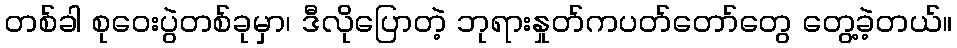
တစ်ခါ စုဝေးပွဲတစ်ခုမှာ၊ ဒီလိုပြောတဲ့ ဘုရားနှုတ်ကပတ်တော်တွေ တွေ့ခဲ့တယ်။